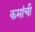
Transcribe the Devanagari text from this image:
कमांची